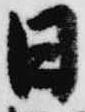
日